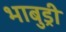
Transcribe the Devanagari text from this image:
भाबुड्री